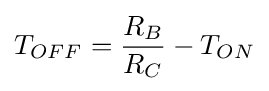
T_{OFF}={\frac {R_{B}}{R_{C}}}-T_{ON}